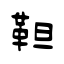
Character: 靼